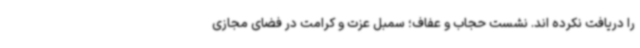
را دریافت نکرده اند. نشست حجاب و عفاف؛ سمبل عزت و کرامت در فضای مجازی